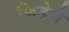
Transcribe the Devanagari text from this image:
फिडेचे